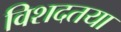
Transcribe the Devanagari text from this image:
विशदतया